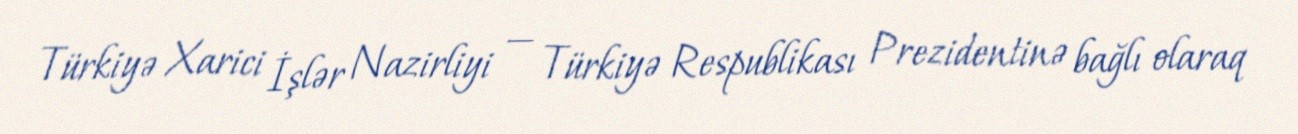
Türkiyə Xarici İşlər Nazirliyi — Türkiyə Respublikası Prezidentinə bağlı olaraq